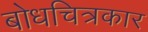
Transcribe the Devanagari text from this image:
बोधचित्रकार